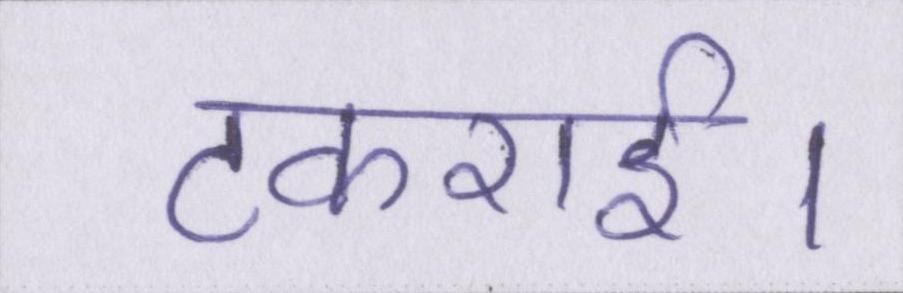
टकराई।